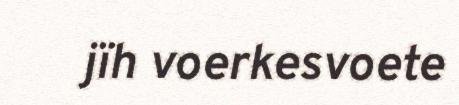
jïh voerkesvoete